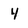
Character: 4